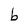
Character: b